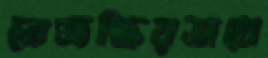
তেজস্ক্রিয়ভাবে